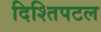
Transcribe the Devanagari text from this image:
दिश्तिपटल